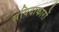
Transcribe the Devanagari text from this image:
संविदाकारों